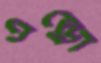
এন্ড্রো